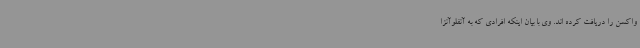
واکسن را دریافت کرده اند. وی با بیان اینکه افرادی که به آنفلوآنزا